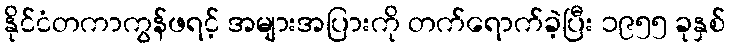
နိုင်ငံတကာကွန်ဖရင့် အများအပြားကို တက်ရောက်ခဲ့ပြီး ၁၉၅၅ ခုနှစ်